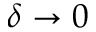
\delta \to 0